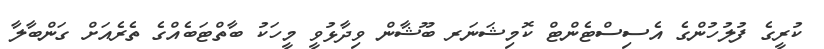
ކުރީގެ ފުލުހުންގެ އެސިސްޓެންޓް ކޮމިޝަނަރ ބޫޝާން ވިދާޅުވީ މީހަކު ބާތްޓަބެއްގެ ތެެރެއަށް ގަންބާލާ